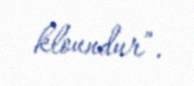
kloundur”.